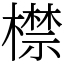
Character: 㯲